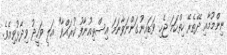
ނިންމުމާއި ދޭތެރޭ ހިތްހަމަ ޖެހި ވަޑައިނުގަންނަވާނަމަ އިސްތިއުނާފު ކުރައްވާ" އަލީ ވަހީދު ވިދާޅުވިއެވެ.